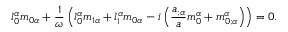
l _ { 0 } ^ { \alpha } m _ { 0 \alpha } + \frac { 1 } { \omega } \left( l _ { 0 } ^ { \alpha } m _ { 1 \alpha } + l _ { 1 } ^ { \alpha } m _ { 0 \alpha } - i \left( \frac { a _ { ; \alpha } } { a } m _ { 0 } ^ { \alpha } + m _ { 0 ; \alpha } ^ { \alpha } \right) \right) = 0 .